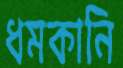
ধমকানি